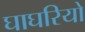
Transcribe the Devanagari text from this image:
घाघरियो